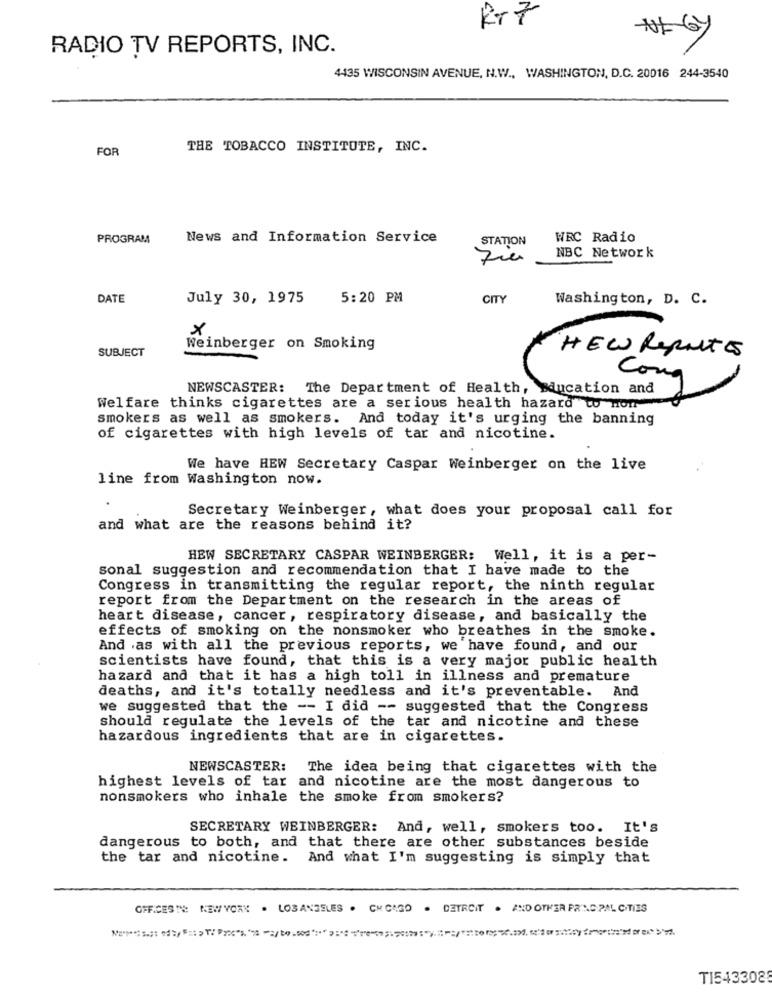
RT7
RADIO TV REPORTS, INC.
4435 WISCONSIN AVENUE, N.W ., WASHINGTON, D.C. 20016 244-3540
FOR
THE TOBACCO INSTITUTE, INC.
PROGRAM
News and Information Service
STATION
WRC Radio
NBC Network
DATE
July 30, 1975
5:20 PM
CITY
Washington, D. C.
×
SUBJECT
Weinberger on Smoking
HEW Reports
Cong
NEWSCASTER: The Department of Health, Education and
Welfare thinks cigarettes are a serious health hazard to nom
smokers as well as smokers. And today it's urging the banning
of cigarettes with high levels of tar and nicotine.
We have HEW Secretary Caspar Weinberger on the live
line from Washington now.
Secretary Weinberger, what does your proposal call for
and what are the reasons behind it?
HEW SECRETARY CASPAR WEINBERGER: Well, it is a per-
sonal suggestion and recommendation that I have made to the
Congress in transmitting the regular report, the ninth regular
report from the Department on the research in the areas of
heart disease, cancer, respiratory disease, and basically the
effects of smoking on the nonsmoker who breathes in the smoke.
And as with all the previous reports, we have found, and our
scientists have found, that this is a very major public health
hazard and that it has a high toll in illness and premature
deaths, and it's totally needless and it's preventable.
And
we suggested that the -- I did -- suggested that the Congress
should regulate the levels of the tar and nicotine and these
hazardous ingredients that are in cigarettes.
NEWSCASTER:
The idea being that cigarettes with the
highest levels of tar
and nicotine are the most dangerous to
nonsmokers who inhale the smoke from smokers?
SECRETARY WEINBERGER: And, well, smokers too. It's
dangerous to both, and that there are other substances beside
the tar and nicotine. And what I'm suggesting is simply that
OFFICESTE: NEWYORK . LOSANGELES . CH CASO . DETROIT . AND OTHER PRINCIPAL CITIES
TI543302